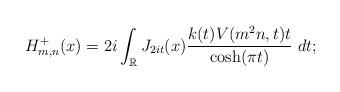
LaTeX: \begin{align*}H_{m,n}^+(x) =2i\int_\mathbb{R} J_{2it} (x) \frac{k(t) V(m^2 n, t)t}{\cosh (\pi t)} ~dt;\end{align*}